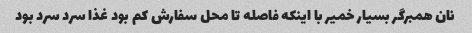
نان همبرگر بسیار خمیر با اینکه فاصله تا محل سفارش کم بود غذا سرد سرد بود